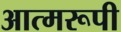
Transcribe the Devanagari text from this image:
आत्मरूपी